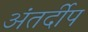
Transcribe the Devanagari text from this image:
अंतर्दीप